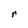
Character: r